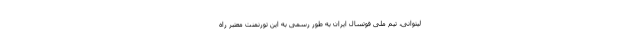
لیتوانی، تیم ملی فوتسال ایران به طور رسمی به این تورنمنت معتبر راه